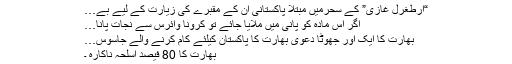
“ارطغرل غازی” کے سحرمیں مبتلا پاکستانی ان کے مقبرے کی زیارت کے لیے بے…
اگر اس مادہ کو پانی میں ملایا جائے تو کرونا وائرس سے نجات پانا…
بھارت کا ایک اور جھوٹا دعویٰ بھارت کا پاکستان کیلئے کام کرنے والے جاسوس…
بھارت کا 80 فیصد اسلحہ ناکارہ ۔